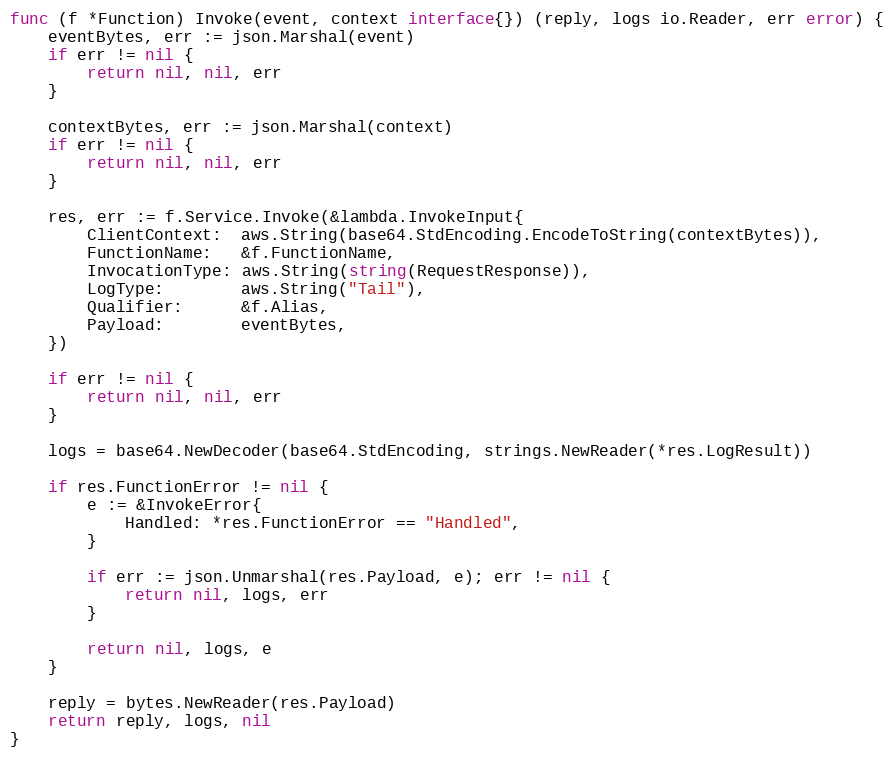
Language: Go
func (f *Function) Invoke(event, context interface{}) (reply, logs io.Reader, err error) {
	eventBytes, err := json.Marshal(event)
	if err != nil {
		return nil, nil, err
	}

	contextBytes, err := json.Marshal(context)
	if err != nil {
		return nil, nil, err
	}

	res, err := f.Service.Invoke(&lambda.InvokeInput{
		ClientContext:  aws.String(base64.StdEncoding.EncodeToString(contextBytes)),
		FunctionName:   &f.FunctionName,
		InvocationType: aws.String(string(RequestResponse)),
		LogType:        aws.String("Tail"),
		Qualifier:      &f.Alias,
		Payload:        eventBytes,
	})

	if err != nil {
		return nil, nil, err
	}

	logs = base64.NewDecoder(base64.StdEncoding, strings.NewReader(*res.LogResult))

	if res.FunctionError != nil {
		e := &InvokeError{
			Handled: *res.FunctionError == "Handled",
		}

		if err := json.Unmarshal(res.Payload, e); err != nil {
			return nil, logs, err
		}

		return nil, logs, e
	}

	reply = bytes.NewReader(res.Payload)
	return reply, logs, nil
}